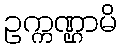
ဥက္ကဏ္ဌာမိ